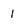
Character: 1